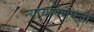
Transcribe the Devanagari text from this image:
न्यायविशेषज्ञों